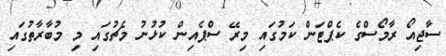
ސާޖިއޯ ރާމޯސްގެ ކެޕްޓަން ކަމުގައި މިރޭ ސްޕެއިން ކުޅުނު މެޗުގައި މި މުބާރާތުގައި